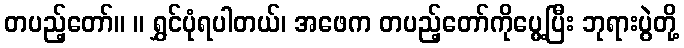
တပည့်တော်။ ။ ရွှင်ပုံရပါတယ်၊ အဖေက တပည့်တော်ကိုပွေ့ပြီး ဘုရားပွဲတို့